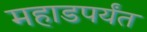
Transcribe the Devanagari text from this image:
महाडपर्यंत